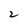
Character: 2